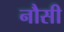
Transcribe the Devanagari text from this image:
नौसी